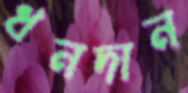
ধনদান